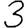
Digit: 3